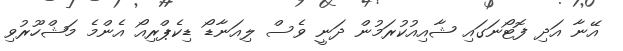
އޭނާ އަދި ފޮޓޯނަގައި ޝާއިއުކުރަމުން ދަނީ ވެސް ލިއަނާޑޯ ޑިކެޕްރިއޯ އެންމެ މަޝްހޫރުވި